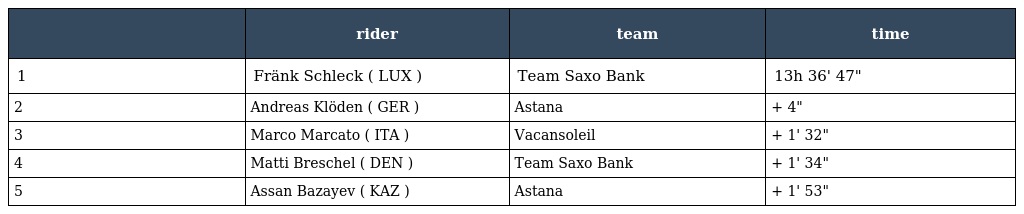
|  | rider | team | time |
 | --- | --- | --- | --- |
 | 1 | Fränk Schleck ( LUX ) | Team Saxo Bank | 13h 36' 47" |
 | 2 | Andreas Klöden ( GER ) | Astana | + 4" |
 | 3 | Marco Marcato ( ITA ) | Vacansoleil | + 1' 32" |
 | 4 | Matti Breschel ( DEN ) | Team Saxo Bank | + 1' 34" |
 | 5 | Assan Bazayev ( KAZ ) | Astana | + 1' 53" |